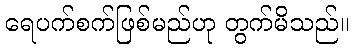
ရေပက်စက်ဖြစ်မည်ဟု တွက်မိသည်။